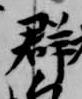
群